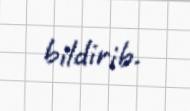
bildirib.